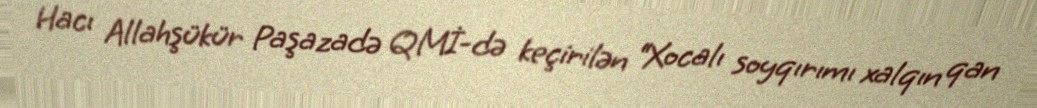
Hacı Allahşükür Paşazadə QMİ-də keçirilən “Xocalı soyqırımı xalqın qan